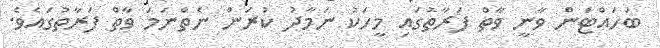
ބަހައްޓަން ވާނީ ވާތް ފަރާތުގައި މީހަކު ނަމާދު ކުރަން ނެތްނަމަ ވާތް ފަރާތުގައެވެ.